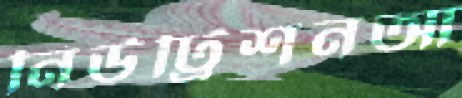
নিউট্রিশনআ